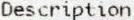
DESCRIPTION